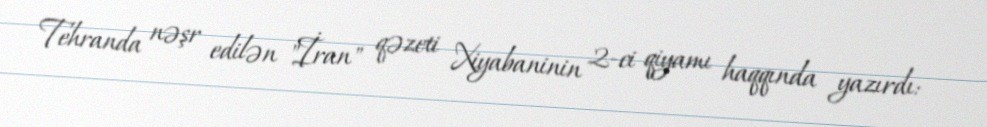
Tehranda nəşr edilən "İran" qəzeti Xiyabaninin 2-ci qiyamı haqqında yazırdı: